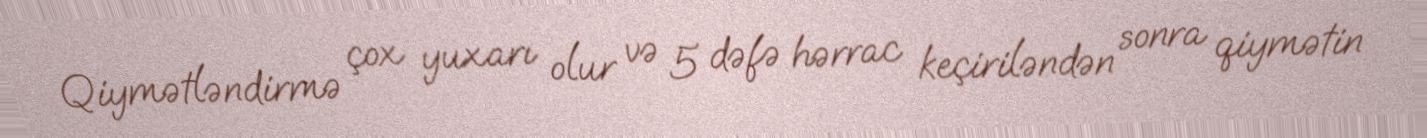
Qiymətləndirmə çox yuxarı olur və 5 dəfə hərrac keçiriləndən sonra qiymətin